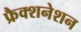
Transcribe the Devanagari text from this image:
फ्रैक्शनेशन